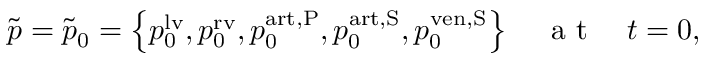
\tilde { p } = \tilde { p } _ { 0 } = \left\{ p _ { 0 } ^ { \mathrm { l v } } , p _ { 0 } ^ { \mathrm { r v } } , p _ { 0 } ^ { \mathrm { a r t , P } } , p _ { 0 } ^ { \mathrm { a r t , S } } , p _ { 0 } ^ { \mathrm { v e n , S } } \right\} \quad \mathrm { ~ a ~ t ~ } \quad t = 0 ,